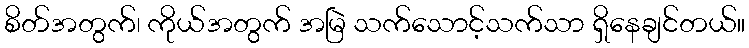
စိတ်အတွက်၊ ကိုယ်အတွက် အမြဲ သက်သောင့်သက်သာ ရှိနေချင်တယ်။